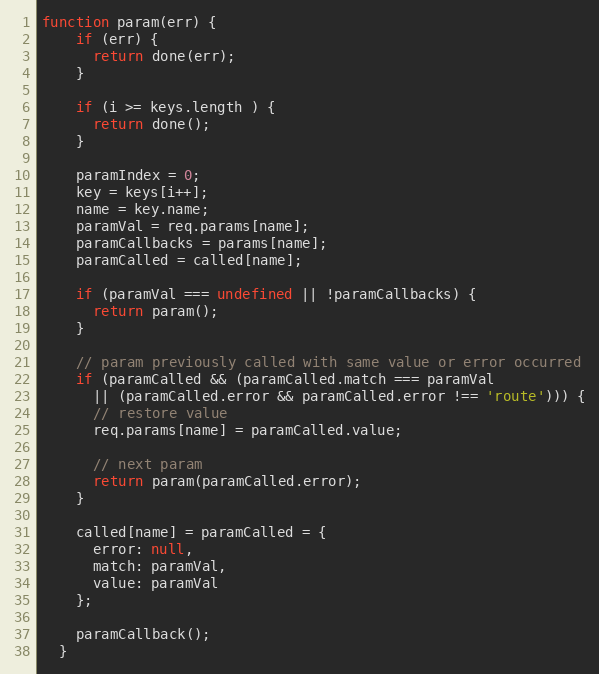
Language: JavaScript
function param(err) {
    if (err) {
      return done(err);
    }

    if (i >= keys.length ) {
      return done();
    }

    paramIndex = 0;
    key = keys[i++];
    name = key.name;
    paramVal = req.params[name];
    paramCallbacks = params[name];
    paramCalled = called[name];

    if (paramVal === undefined || !paramCallbacks) {
      return param();
    }

    // param previously called with same value or error occurred
    if (paramCalled && (paramCalled.match === paramVal
      || (paramCalled.error && paramCalled.error !== 'route'))) {
      // restore value
      req.params[name] = paramCalled.value;

      // next param
      return param(paramCalled.error);
    }

    called[name] = paramCalled = {
      error: null,
      match: paramVal,
      value: paramVal
    };

    paramCallback();
  }